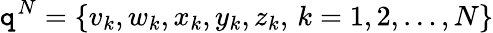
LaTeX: \mathtt{q}^{N}=\{ v_{k},w_{k},x_{k},y_{k},z_{k},\, k=1,2,\dots,N\}